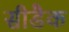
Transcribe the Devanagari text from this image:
सीडैक